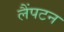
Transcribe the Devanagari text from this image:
लैंपटन